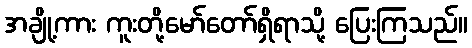
အချို့ကား ကူးတို့မော်တော်ရှိရာသို့ ပြေးကြသည်။